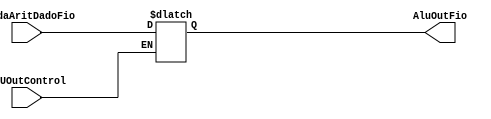
module ALUOut( input wire [0:0] ALUOutControl, input wire [31:0] SaidaAritDadoFio, output reg [31:0] AluOutFio);
	
	always begin 
	
		case(ALUOutControl)

			1'b1:
			begin
				AluOutFio <= SaidaAritDadoFio;
			end	
		
		endcase

	end
	
endmodule